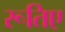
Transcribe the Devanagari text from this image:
रूतिए